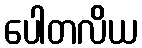
ပေါတလိယ